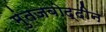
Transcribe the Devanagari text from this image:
मुंतजबोद्दीन